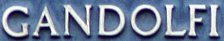
GANDOLFI